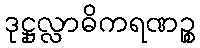
ဒုဋ္ဌုလ္လာဓိကရဏဉ္စ